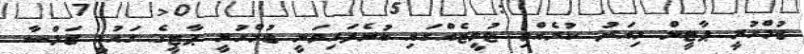
ޖުމްހުރީ ޕާޓީން މިއަދު ކުރެއްވި ޓުވީޓެއްގައި ބުނެފައިވަނީ ޖުމްހުރީ ޕާޓީގެ ގައުމީ ޖަލްސާ